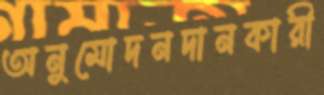
অনুমোদনদানকারী